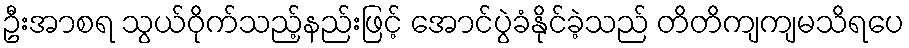
ဦးအာစရ သွယ်ဝိုက်သည့်နည်းဖြင့် အောင်ပွဲခံနိုင်ခဲ့သည် တိတိကျကျမသိရပေ